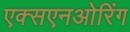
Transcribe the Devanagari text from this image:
एक्सएनओरिंग